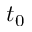
t _ { 0 }